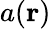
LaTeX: a(\mathbf{r})